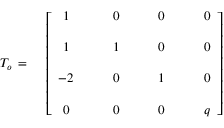
{ \cal T } _ { o } \, = \, \quad \left[ \begin{array} { c c c c } { { 1 } } & { { \qquad 0 } } & { { \qquad 0 } } & { { \qquad 0 } } \\ { { } } & { { } } & { { } } & { { } } \\ { { 1 } } & { { \qquad 1 } } & { { \qquad 0 } } & { { \qquad 0 } } \\ { { } } & { { } } & { { } } & { { } } \\ { { - 2 } } & { { \qquad 0 } } & { { \qquad 1 } } & { { \qquad 0 } } \\ { { } } & { { } } & { { } } & { { } } \\ { { 0 } } & { { \qquad 0 } } & { { \qquad 0 } } & { { \qquad q } } \end{array} \right] \hphantom { x x x x x x x x x x x x x x x x x x }